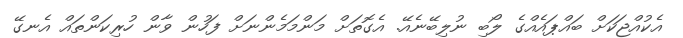
އެކުއްޖަކަށް ބައްޕައެއްގެ ލޯބި ނުލިބޭނެއޭ. އެގޮތަށް މަންމަމެންނަށް ފަހުން ވާން ހުރިކަންތައް އެނގޭ